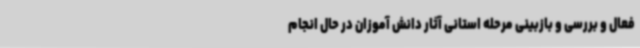
فعال و بررسی و بازبینی مرحله استانی آثار دانش آموزان در حال انجام